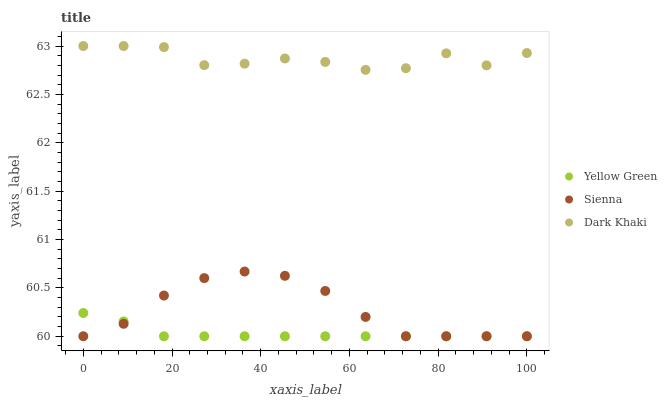
| xaxis_label | Yellow Green | Sienna | Dark Khaki |
 | --- | --- | --- | --- |
 | 0 | 60.2 | 60 | 63 |
 | 9.09 | 60.2 | 60.1 | 63 |
 | 18.2 | 60 | 60.4 | 63 |
 | 27.3 | 60 | 60.6 | 62.8 |
 | 36.4 | 60 | 60.7 | 62.8 |
 | 45.5 | 60 | 60.6 | 62.9 |
 | 54.5 | 60 | 60.5 | 62.8 |
 | 63.6 | 60 | 60.2 | 62.8 |
 | 72.7 | 60 | 60 | 62.8 |
 | 81.8 | 60 | 60 | 62.9 |
 | 90.9 | 60 | 60 | 62.8 |
 | 100 | 60 | 60 | 62.9 |